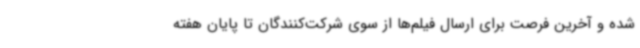
شده و آخرین فرصت برای ارسال فیلم‌ها از سوی شرکت‌کنندگان تا پایان هفته